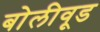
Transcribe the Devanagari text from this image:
बोलीवूड